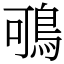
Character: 𪀉